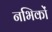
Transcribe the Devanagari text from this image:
नभिकों